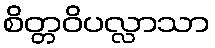
စိတ္တဝိပလ္လာသာ